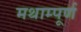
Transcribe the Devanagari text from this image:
मथाम्पूर्ण